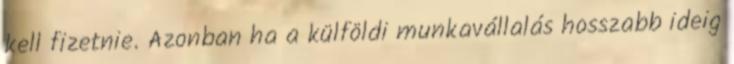
kell fizetnie. Azonban ha a külföldi munkavállalás hosszabb ideig